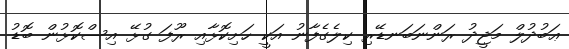
ޢަބުދުލް މަޖީދު ރަންނަބަނޑޭރި ކިލެގެފާނު އަކީ ހަށިކޮޅާއި ރޫފަ ގުޅޭ އިސްކޮޅުން ބޮޑު